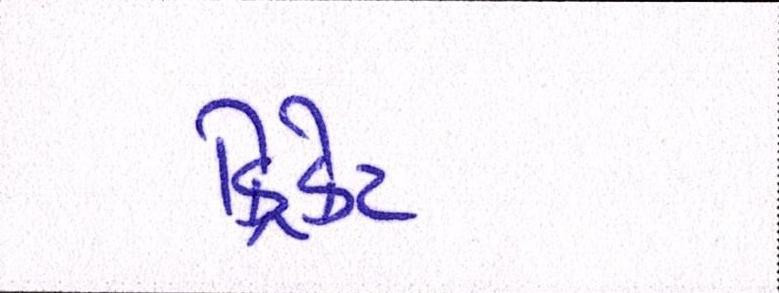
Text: ક્રિકેટ